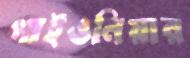
পাইওনিয়ার